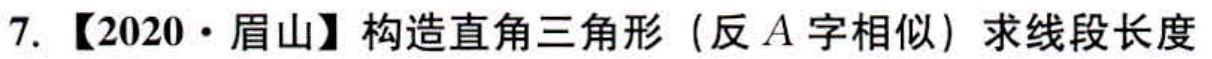
7. 【2020·眉山】构造直角三角形（反A字相似）求线段长度